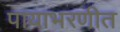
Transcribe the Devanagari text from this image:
पायाभरणीत